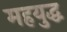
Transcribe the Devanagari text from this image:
महयुद्ध